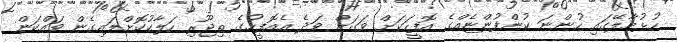
ހުޅުމާލޭގައި ހުންނަ ކުންފުންޏެއްގެ އޮފީހަކަށް ވަގަށް ވަދެ އެއޮފީހުގެ ތިޖޫރި ހަލާކުކޮށްލައިގެން ވައްކަން